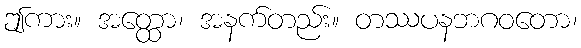
ဤကား။ အတ္ထော၊ အနက်တည်း။ တဿပနဘဂဝတော၊